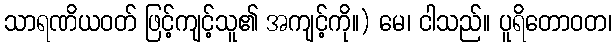
သာရဏိယဝတ် ဖြင့်ကျင့်သူ၏ အကျင့်ကို။) မေ၊ ငါသည်။ ပူရိတောဝတ၊